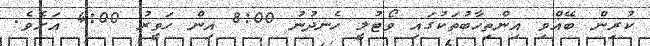
ކުރިން ބޭއްވި އިންތިހާބުތަކުގައި ވޯޓުލީ ހެނދުނު 8:00 އިން ހަވީރު 4:00 އަށެވެ.